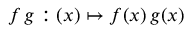
f \, g : ( x ) \mapsto f ( x ) \, g ( x )